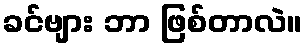
ခင်ဗျား ဘာ ဖြစ်တာလဲ။